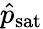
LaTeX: \hat{p}_{\mathrm{sat}}